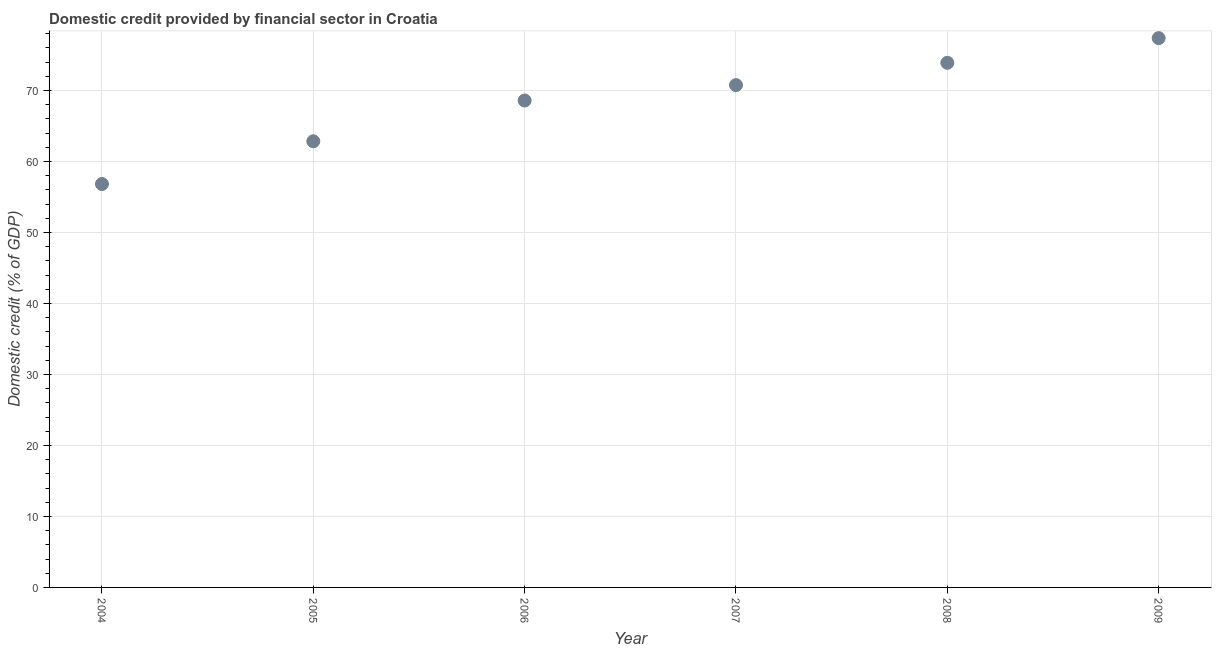
| Year | Domestic credit provided by financial sector |
 | --- | --- |
 | 2004 | 56.8 |
 | 2005 | 62.8 |
 | 2006 | 68.6 |
 | 2007 | 70.8 |
 | 2008 | 73.9 |
 | 2009 | 77.4 |